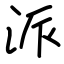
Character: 派